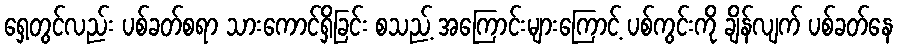
ရှေ့တွင်လည်း ပစ်ခတ်စရာ သားကောင်ရှိခြင်း စသည့် အကြောင်းများကြောင့် ပစ်ကွင်းကို ချိန်လျက် ပစ်ခတ်နေ